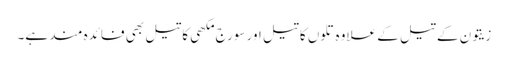
زیتون کے تیل کے علاوہ تلوں کا تیل اور سورج مکھی کا تیل بھی فائدہ مند ہے۔